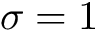
\sigma = 1